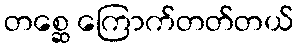
တစ္ဆေ ကြောက်တတ်တယ်